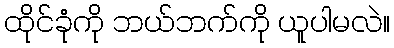
ထိုင်ခုံကို ဘယ်ဘက်ကို ယူပါမလဲ။